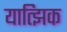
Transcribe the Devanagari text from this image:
यात्झिक